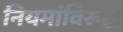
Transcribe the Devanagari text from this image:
नियमांविरूद्ध